Problem: 37 + 34 = ?
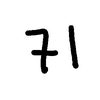
Handwritten answer: 71